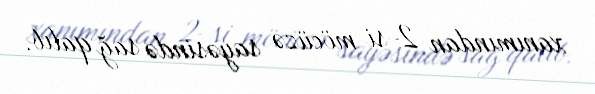
xanımından 2-si möcüzə sayəsində sağ qalıb.